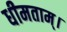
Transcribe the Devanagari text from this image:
धीमताम्।